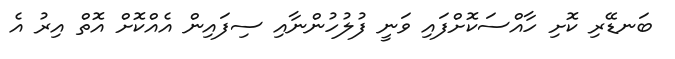
ބަނޑޭރި ކޮށި ހާއްސަކޮށްފައި ވަނީ ފުލުހުންނާއި ސިފައިން އެއްކޮށް އޮތް އިރު އެ